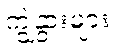
ကျွဲနွားများ